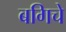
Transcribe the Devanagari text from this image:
बगिचे